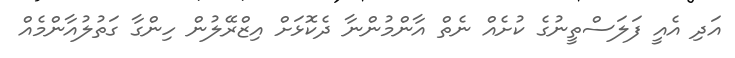
އަދި އެއީ ފަލަސްތީނުގެ ކުށެއް ނެތް އާންމުންނާ ދެކޮޅަށް އިޒްރޭލުން ހިންގާ ގަތުލުއާންމެއް